255_413270_UFO's_and_Defense_What_Should_we_Prepare_For
Agency: NASA
Page 61
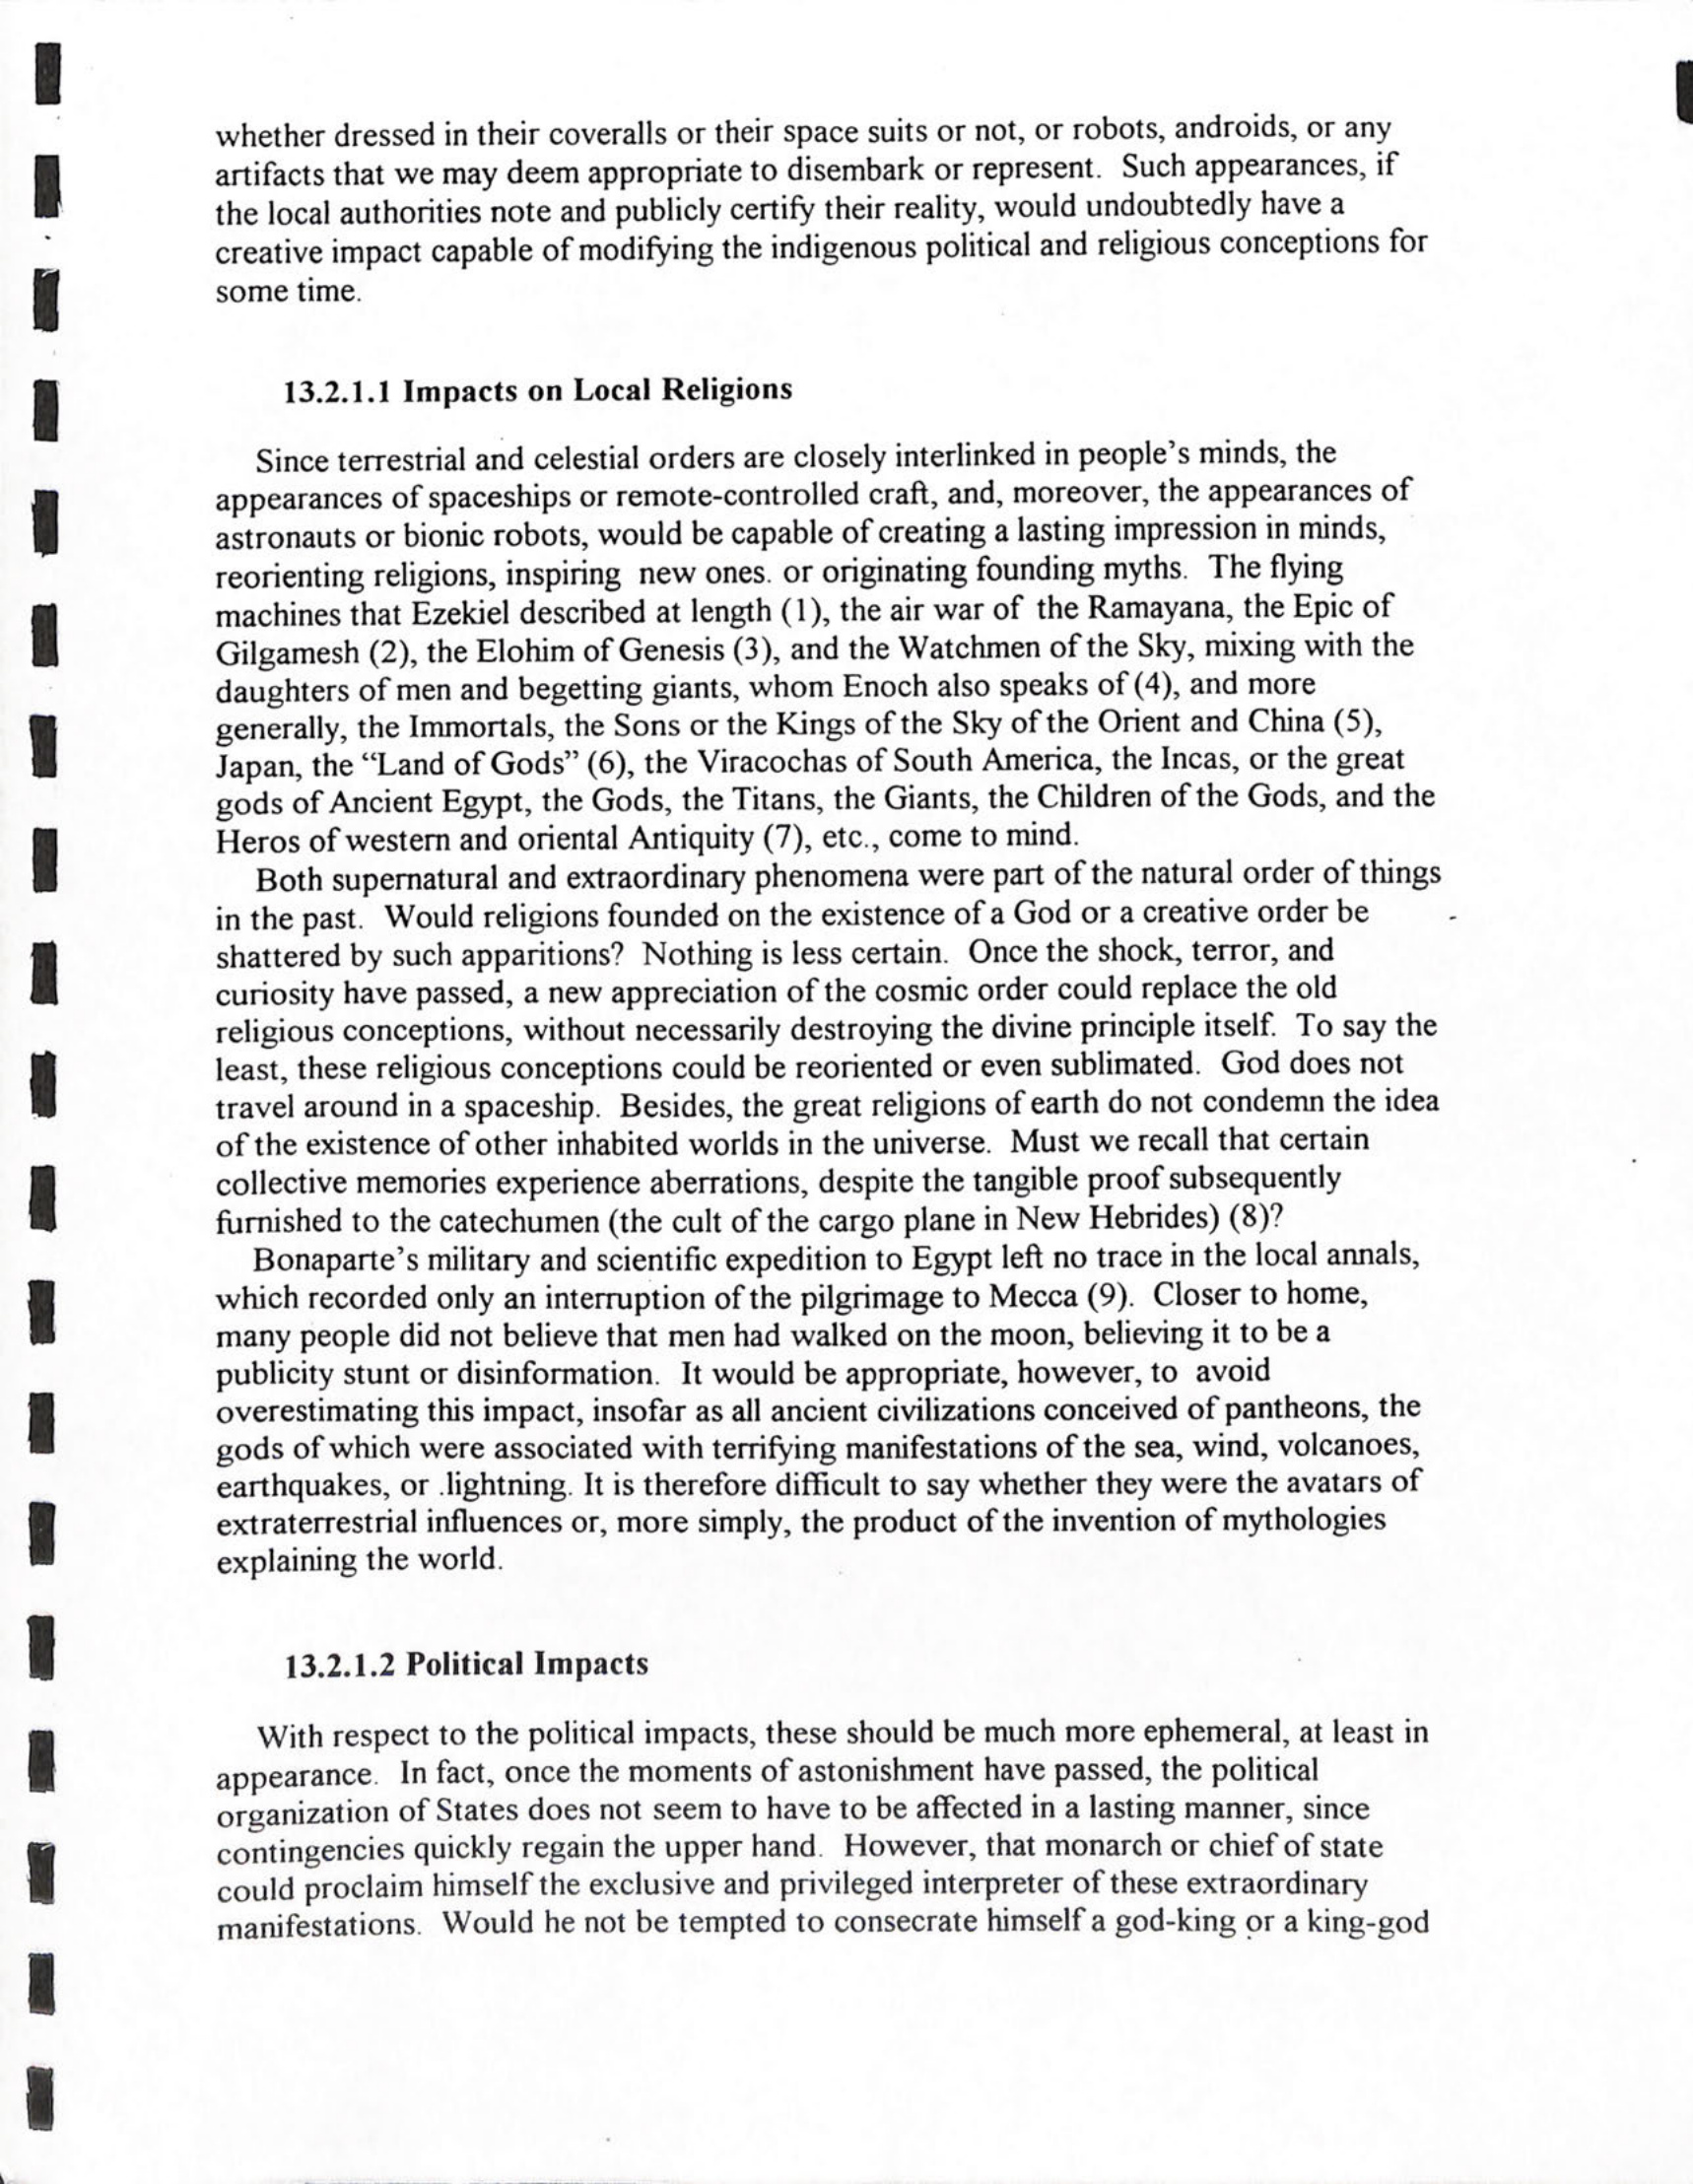